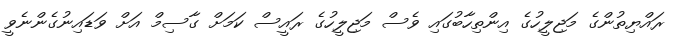
ރައްޔިތުންގެ މަޖިލީހުގެ އިންތިހާބުގައި ވެސް މަޖިލީހުގެ ރައީސް ކަމަށް ގާސިމް އަށް ވަޑައިނުގެންނެވީ